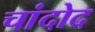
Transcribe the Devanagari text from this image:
चांदोद